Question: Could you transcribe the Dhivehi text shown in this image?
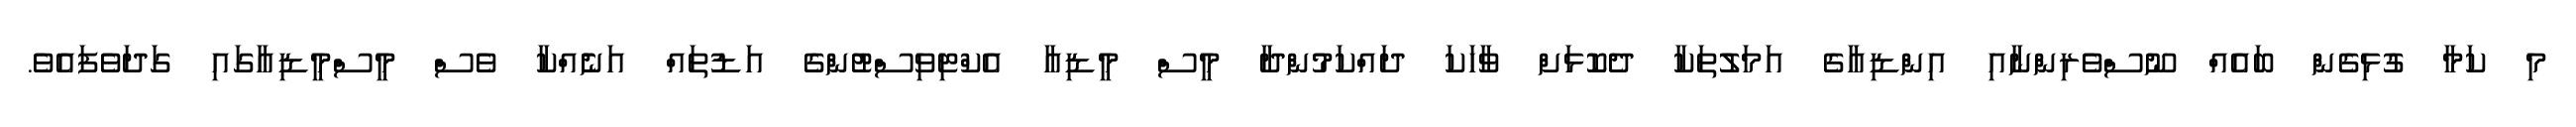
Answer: މި ކަމާ ގުޅިގެން ބައެއް ނޫސްވެރިންނާއި އިންޑިއާގެ އަމަލުތަކާ ދެކޮޅަށް ވާހަކަ ދައްކަމުންދާ މީސް މީޑިއާ އެކްޓިވިސްޓުންގެ އަޑުތައް އަނެެއްކާ ވެސް މީސްމީޑިއާގައި ގަދަވެފައެވެ.